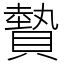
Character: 䞇